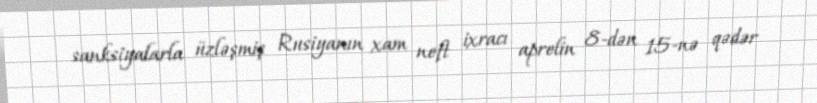
sanksiyalarla üzləşmiş Rusiyanın xam neft ixracı aprelin 8-dən 15-nə qədər